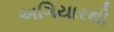
અગિયારથી